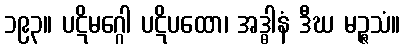
၁၉၃။ ပဋိမဂ္ဂေါ ပဋိပထော၊ အဒ္ဓါနံ ဒီဃ မဉ္ဇသံ။